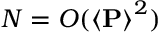
N = O ( \left< \mathbf { P } \right> ^ { 2 } )